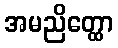
အမညိတ္ထော